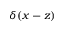
\delta ( x - z )